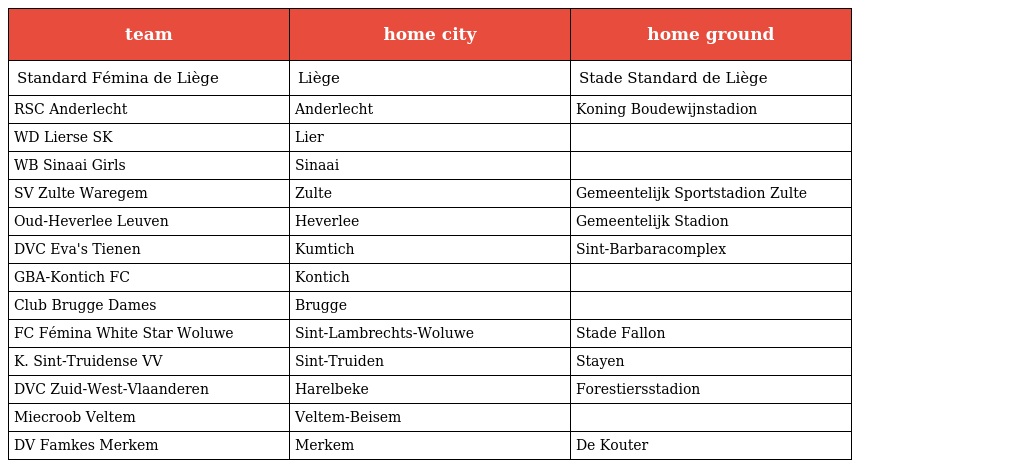
| team | home city | home ground |
 | --- | --- | --- |
 | Standard Fémina de Liège | Liège | Stade Standard de Liège |
 | RSC Anderlecht | Anderlecht | Koning Boudewijnstadion |
 | WD Lierse SK | Lier |  |
 | WB Sinaai Girls | Sinaai |  |
 | SV Zulte Waregem | Zulte | Gemeentelijk Sportstadion Zulte |
 | Oud-Heverlee Leuven | Heverlee | Gemeentelijk Stadion |
 | DVC Eva's Tienen | Kumtich | Sint-Barbaracomplex |
 | GBA-Kontich FC | Kontich |  |
 | Club Brugge Dames | Brugge |  |
 | FC Fémina White Star Woluwe | Sint-Lambrechts-Woluwe | Stade Fallon |
 | K. Sint-Truidense VV | Sint-Truiden | Stayen |
 | DVC Zuid-West-Vlaanderen | Harelbeke | Forestiersstadion |
 | Miecroob Veltem | Veltem-Beisem |  |
 | DV Famkes Merkem | Merkem | De Kouter |